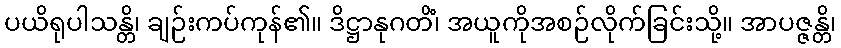
ပယိရုပါသန္တိ၊ ချဉ်းကပ်ကုန်၏။ ဒိဋ္ဌာနုဂတိံ၊ အယူကိုအစဉ်လိုက်ခြင်းသို့။ အာပဇ္ဇန္တိ၊